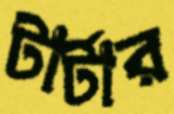
টার্টার